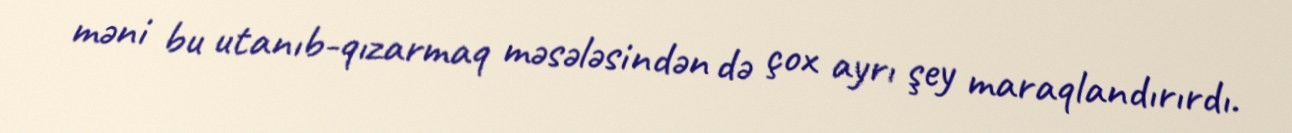
məni bu utanıb-qızarmaq məsələsindən də çox ayrı şey maraqlandırırdı.